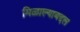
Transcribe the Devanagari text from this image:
मिळाल्याबद्दल